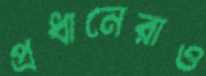
প্রধানেরাও